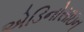
એડિનોસાઇન